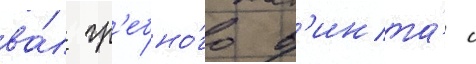
ва́л гр'ебно́го в'инта́ с